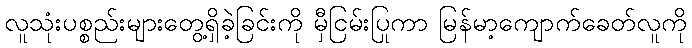
လူသုံးပစ္စည်းများတွေ့ရှိခဲ့ခြင်းကို မှီငြမ်းပြုကာ မြန်မာ့ကျောက်ခေတ်လူကို